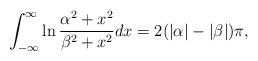
LaTeX: \begin{align*}\int_{-\infty}^\infty \ln\frac{\alpha^2+x^2}{\beta^2+x^2}dx =2(|\alpha|-|\beta|)\pi,\end{align*}